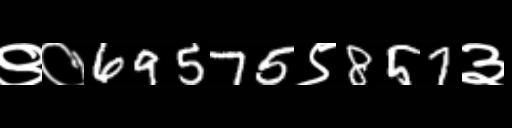
Text: ९०69575९857३